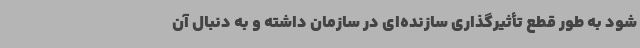
شود به طور قطع تأثیرگذاری سازنده‌ای در سازمان داشته و به دنبال آن